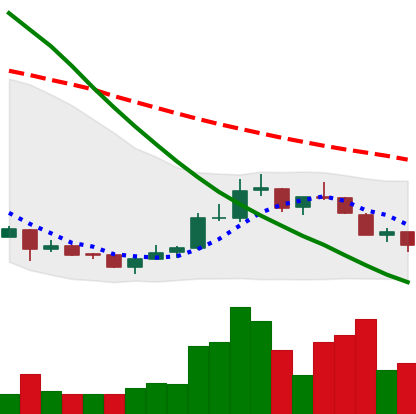
Ticker: NEO-USD
Chart end date: 2018-07-12
Forward return: 23.764%
Label: up_7plus